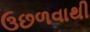
ઉછળવાથી